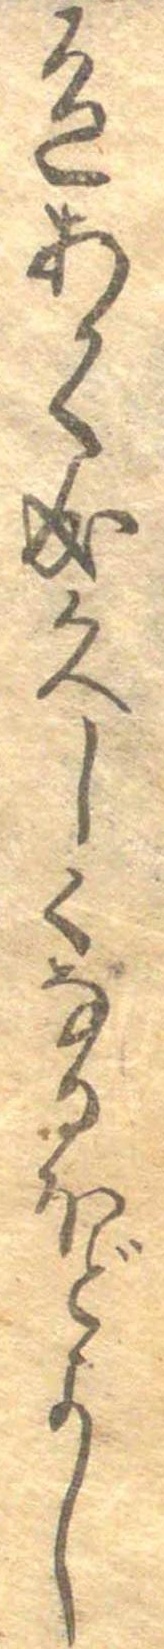
色あかく成久しくなるほどよし